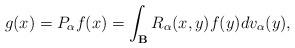
LaTeX: \begin{align*}g(x)=P_{\alpha}f(x)=\int_{\mathbf{B}}R_{\alpha}(x,y)f(y)dv_{\alpha}(y),\end{align*}